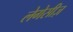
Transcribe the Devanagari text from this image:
लेगेसीज़